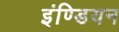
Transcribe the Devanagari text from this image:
इंण्डियन